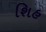
શિહ